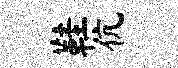
鞋伉